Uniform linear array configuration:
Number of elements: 4
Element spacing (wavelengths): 0.25
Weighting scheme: uniform
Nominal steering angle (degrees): -60
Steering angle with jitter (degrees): -60.449
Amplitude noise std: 0.05
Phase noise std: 0.05

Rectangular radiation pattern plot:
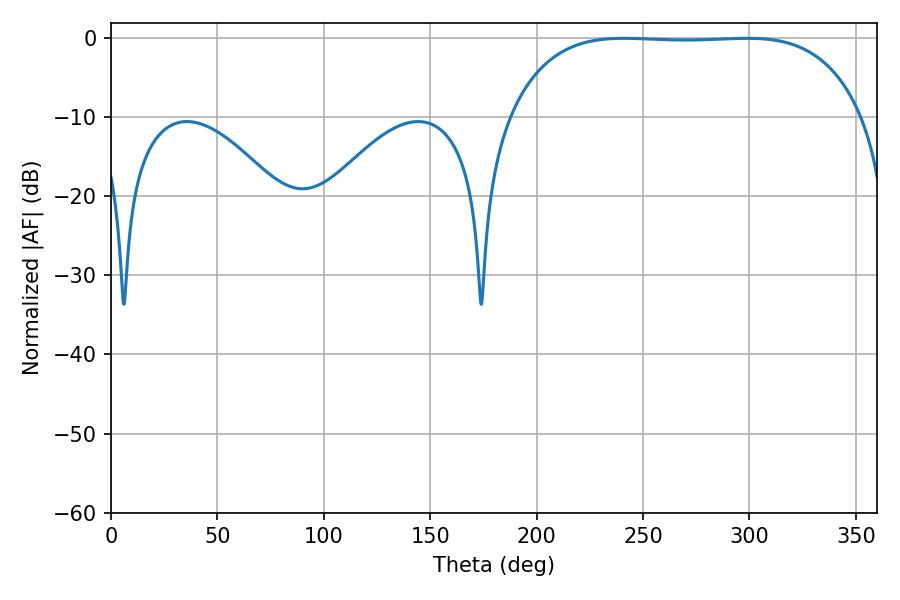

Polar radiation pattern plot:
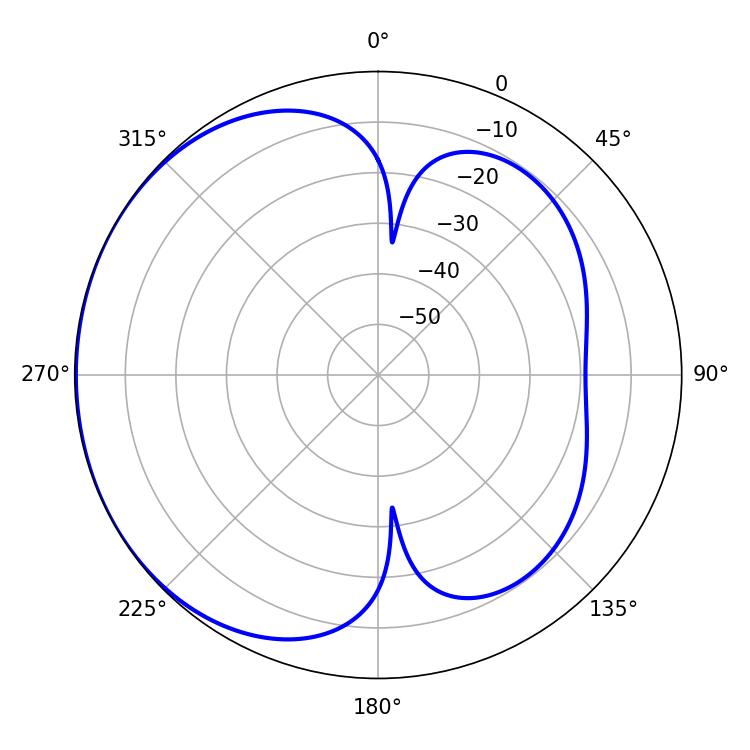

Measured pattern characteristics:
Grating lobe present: FALSE
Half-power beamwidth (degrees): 129.6
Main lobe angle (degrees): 241.02